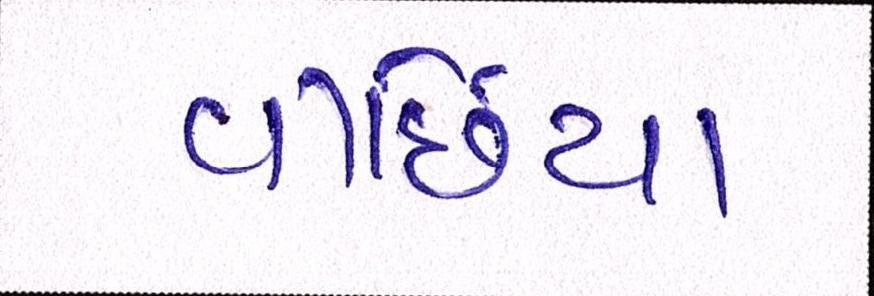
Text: વીંછિયા